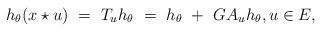
LaTeX: \begin{align*}h_\theta(x\star u) ~=~ T_u h_\theta ~=~ h_\theta ~+~ G A_{u} h_\theta, u\in E, \end{align*}